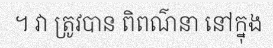
។ វា ត្រូវបាន ពិពណ៌នា នៅក្នុង